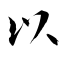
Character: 以